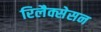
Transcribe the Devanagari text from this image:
रिलैक्सेसन